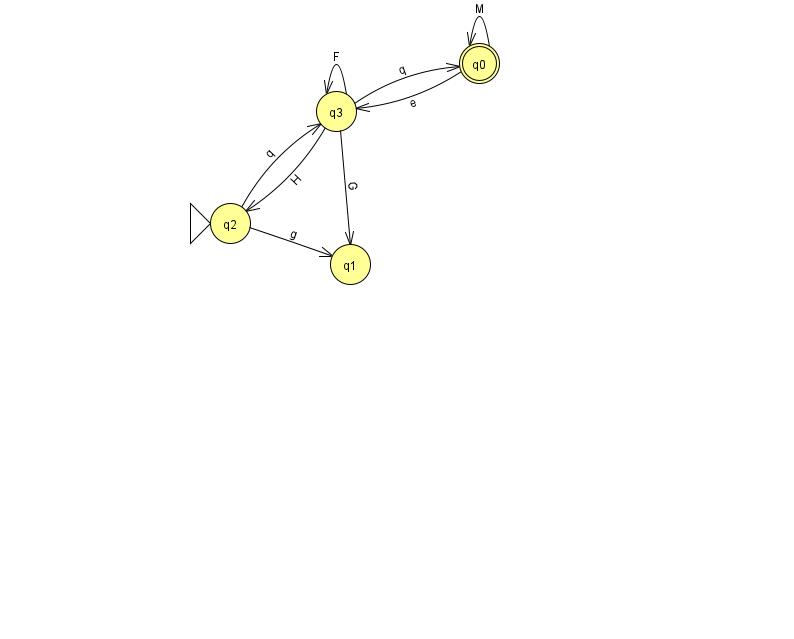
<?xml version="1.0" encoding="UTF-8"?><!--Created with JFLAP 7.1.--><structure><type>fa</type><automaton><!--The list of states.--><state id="0" name="q0"><x>479.0</x><y>50.0</y><final/></state><state id="1" name="q1"><x>350.0</x><y>251.0</y></state><state id="2" name="q2"><x>230.0</x><y>210.0</y><initial/></state><state id="3" name="q3"><x>336.0</x><y>98.0</y></state><!--The list of transitions.--><transition><from>3</from><to>1</to><read>G</read></transition><transition><from>2</from><to>3</to><read>q</read></transition><transition><from>2</from><to>1</to><read>g</read></transition><transition><from>3</from><to>3</to><read>F</read></transition><transition><from>0</from><to>3</to><read>e</read></transition><transition><from>3</from><to>2</to><read>H</read></transition><transition><from>0</from><to>0</to><read>M</read></transition><transition><from>3</from><to>0</to><read>q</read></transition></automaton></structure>